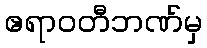
ဧရာဝတီဘဏ်မှ